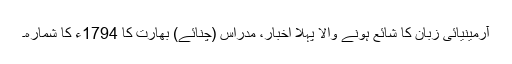
آرمینیائی زبان کا شائع ہونے والا پہلا اخبار، مدراس (چنائے) بھارت کا 1794ء کا شمارہ۔